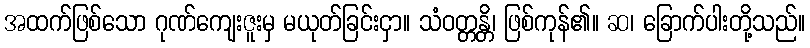
အထက်ဖြစ်သော ဂုဏ်ကျေးဇူးမှ မယုတ်ခြင်းငှာ။ သံဝတ္တန္တိ၊ ဖြစ်ကုန်၏။ ဆ၊ ခြောက်ပါးတို့သည်။